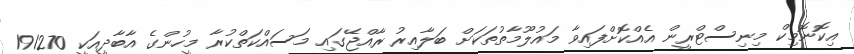
އިކޮނޮމިކް މިނިސްޓްރީން އެއްކޮށްފައިވާ މައުލޫމާތުތަކަށް ބަލާއިރު ރާއްޖޭގައި މަސައްކަތްކުރާ މީހުންގެ އާބާދީއަކީ 191270